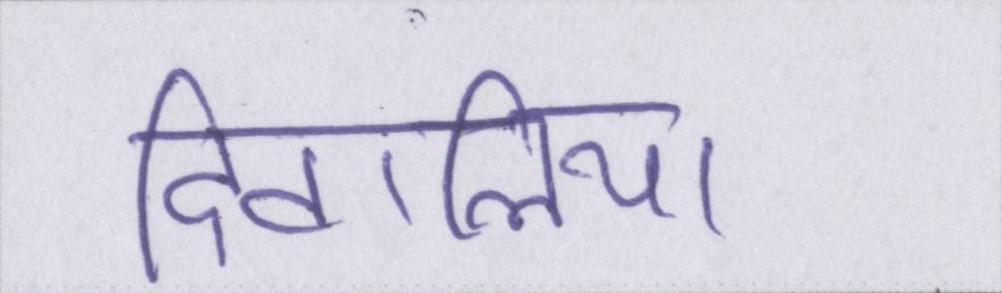
दिवालिया